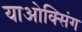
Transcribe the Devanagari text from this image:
याओक्सिंग